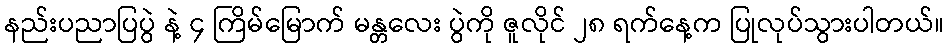
နည်းပညာပြပွဲ နဲ့ ၄ ကြိမ်မြောက် မန္တလေး ပွဲကို ဇူလိုင် ၂၈ ရက်နေ့က ပြုလုပ်သွားပါတယ်။